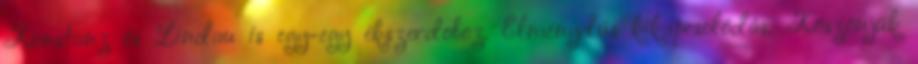
Konstanz és Lindau is egy-egy ékszerdoboz. Élménydús kikapcsolódás. Köszönjük